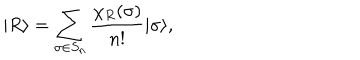
| R \rangle = \sum _ { \sigma \in S _ { n } } \frac { \chi _ { R } ( \sigma ) } { n ! } | \sigma \rangle ,